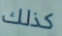
كذلك